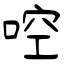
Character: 啌